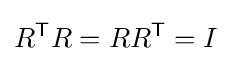
R^{\mathsf {T}}R=RR^{\mathsf {T}}=I